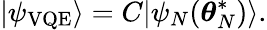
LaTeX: |\psi_{\mathrm{VQE}}\rangle=C|\psi_{N}(\boldsymbol{\theta}_{N}^{*})\rangle.